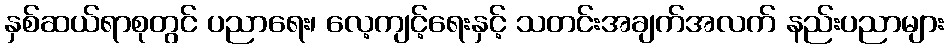
နှစ်ဆယ်ရာစုတွင် ပညာရေး၊ လေ့ကျင့်ရေးနှင့် သတင်းအချက်အလက် နည်းပညာများ